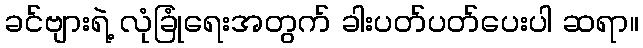
ခင်ဗျားရဲ့ လုံခြုံရေးအတွက် ခါးပတ်ပတ်ပေးပါ ဆရာ။